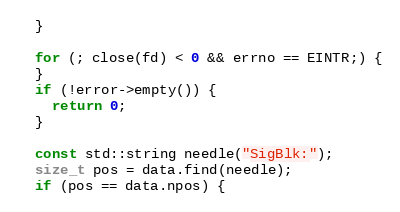
Language: C++
  }

  for (; close(fd) < 0 && errno == EINTR;) {
  }
  if (!error->empty()) {
    return 0;
  }

  const std::string needle("SigBlk:");
  size_t pos = data.find(needle);
  if (pos == data.npos) {